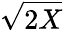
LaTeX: \sqrt{2X}